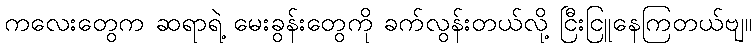
ကလေးတွေက ဆရာရဲ့ မေးခွန်းတွေကို ခက်လွန်းတယ်လို့ ငြီးငြူနေကြတယ်ဗျ။